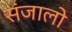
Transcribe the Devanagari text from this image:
संजालो